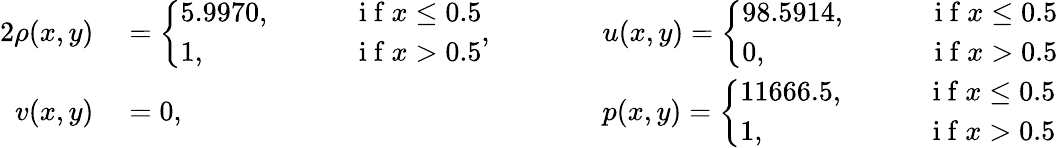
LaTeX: \begin{array}{rlrl}{{2}\rho(x,y)}&{{}=\left\{ \begin{array}{ll}{5.9970,\qquad}&{\mathrm{~i~f~}x\le 0.5}\\ {1,}&{\mathrm{~i~f~}x>0.5}\end{array}\right.,\qquad}&{}&{{}u(x,y)=\left\{ \begin{array}{ll}{98.5914,\qquad}&{\mathrm{~i~f~}x\le 0.5}\\ {0,}&{\mathrm{~i~f~}x>0.5}\end{array}\right.}\\ {v(x,y)}&{{}=0,\qquad}&{}&{{}p(x,y)=\left\{ \begin{array}{ll}{11666.5,\qquad}&{\mathrm{~i~f~}x\le 0.5}\\ {1,}&{\mathrm{~i~f~}x>0.5}\end{array}\right.}\end{array}